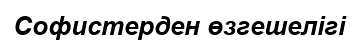
Софистерден өзгешелігі